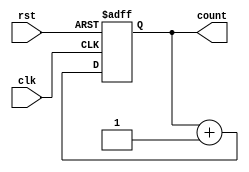
module synchronous_counter(
    input wire clk,
    input wire rst,
    output reg [3:0] count
);

always @(posedge clk or posedge rst) begin
    if(rst) begin
        count <= 4'b0000;
    end else begin
        count <= count + 1;
    end
end

endmodule